Statistical return of the lunatic asylum in Assam - 1912-1932
Year: 1912
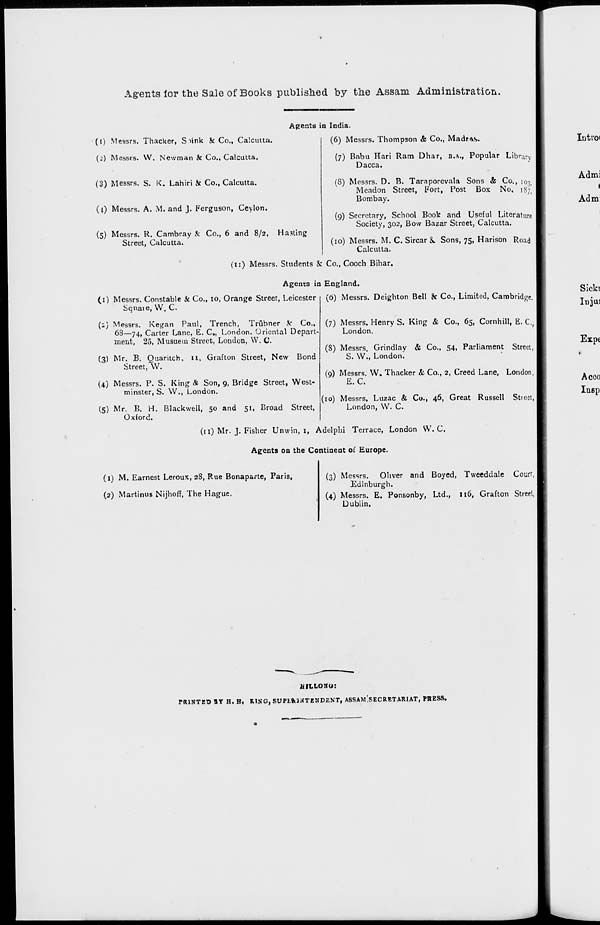
Agents lor the Sale of Books published by the Assam Administration.
({) Messrs. Thacker, S link & Co., Calcutta.
(2) Messrs. W. Newman k Co., Calcutta.
(3) Messrs. S. K. Lahiri k Co., Calcutta.
(4) Messrs. A. M. and J. Ferguson, Ceylon.
Agents in India.
(6) Messrs. Thompson & Co., Madras.
(7) Babu Han Ram Dhar, B.A., Popular Library
Dacca.
(8) Messrs. D. B. Taraporevala Sons & Co., i 0 i
Meadon Street, Fort, Post Box No. 187!
Bombay.
(5) Messrs. R. Cambray & Co., 6 and 8/2, Hasting
Street, Calcutta.
(9) Secretary, School Book and Useful Literature
Society, 302, Bow Bazar Street, Calcutta.
(10) Messrs. M. C. Sircar &, Sons, 75, Harison Road
Calcutta.
(11) Messrs. Students 8: Co., Cooch Bihar.
Agents in England.
(0 Messrs. Constable & Co., 10, Orange Street, Leicester
Sqnate, VV. C.
(2) Messrs. Kegan Paul, Trench, Trubner & Co.,
68—74, Carter Lane, E. C„ London. Oriental Depart-
ment, 25, Musuem Street, London, W. C.
(3) Mr. B. Quaritch. n, Grafton Street, New Bond
Street,*W.
(4) Messrs. P. S. King & Son, 9, Bridge Street, West-
minster, S. VV., London.
(5) Mr. B. H. Blackwell, 50 and 51, Broad Street,
Oxford.
(6) Messrs. Deighton Bell & Co., Limited, Cambridge,
(7) Messrs. Henry S. King & Co., 65, Comhill, E. C.
London.
(8) Messrs. Grindlay & Co., 54, Parliament Street,
S. VV., London.
(9) Messrs. W. Thacker & Co., 2, Creed Lane, London,
E.C.
(10) Messrs. Luzac & Co., 46, Great Russell Street,
London, VV. C.
(11) Mr. J. Fisher Unwin, 1, Adelphi Terrace, London W. C.
Agents on the Continent of Europe.
(1) M. Earnest Leroux, 28, Rue Bonaparte, Paris,
(2) Martinus Nijhoff, The Hague,
(3) Messrs. Oliver and Boyed, Tweeddale Court,
Edinburgh.
(4) Messrs. E. Ponsonby, Ltd., 116, Grafton Street,
Dublin.
ii ILLOSo:
PRINTED »T H. H, MSG, SVFllklifTBMDENTj ASSAMlSECRETARIAT, PRESS.